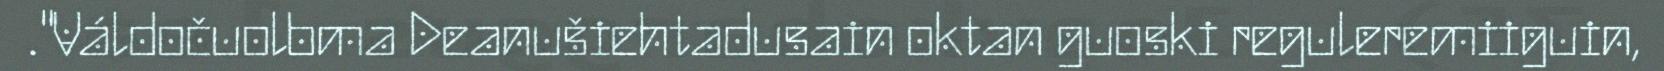
."Váldočuolbma Deanušiehtadusain oktan guoski reguleremiiguin,